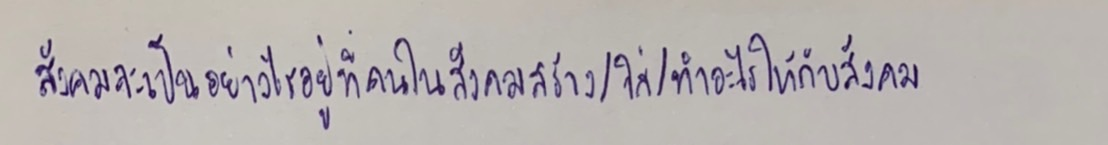
สังคมจะเป็นอย่างไรอยู่ที่คนในสังคมสร้าง/ใส่/ทำอะไรให้กับสังคม